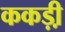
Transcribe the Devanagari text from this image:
ककड़ी़